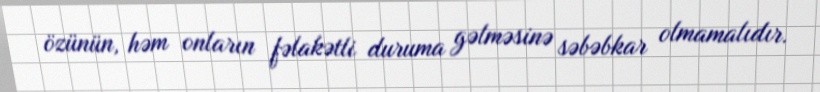
özünün, həm onların fəlakətli duruma gəlməsinə səbəbkar olmamalıdır.